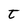
Character: t